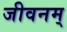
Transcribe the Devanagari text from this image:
जीवनम्‌